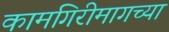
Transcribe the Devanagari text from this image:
कामगिरीमागच्या